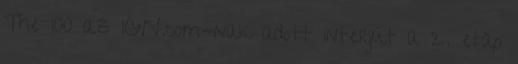
The 100 az IGN.com-nak adott interjút a 2. etap